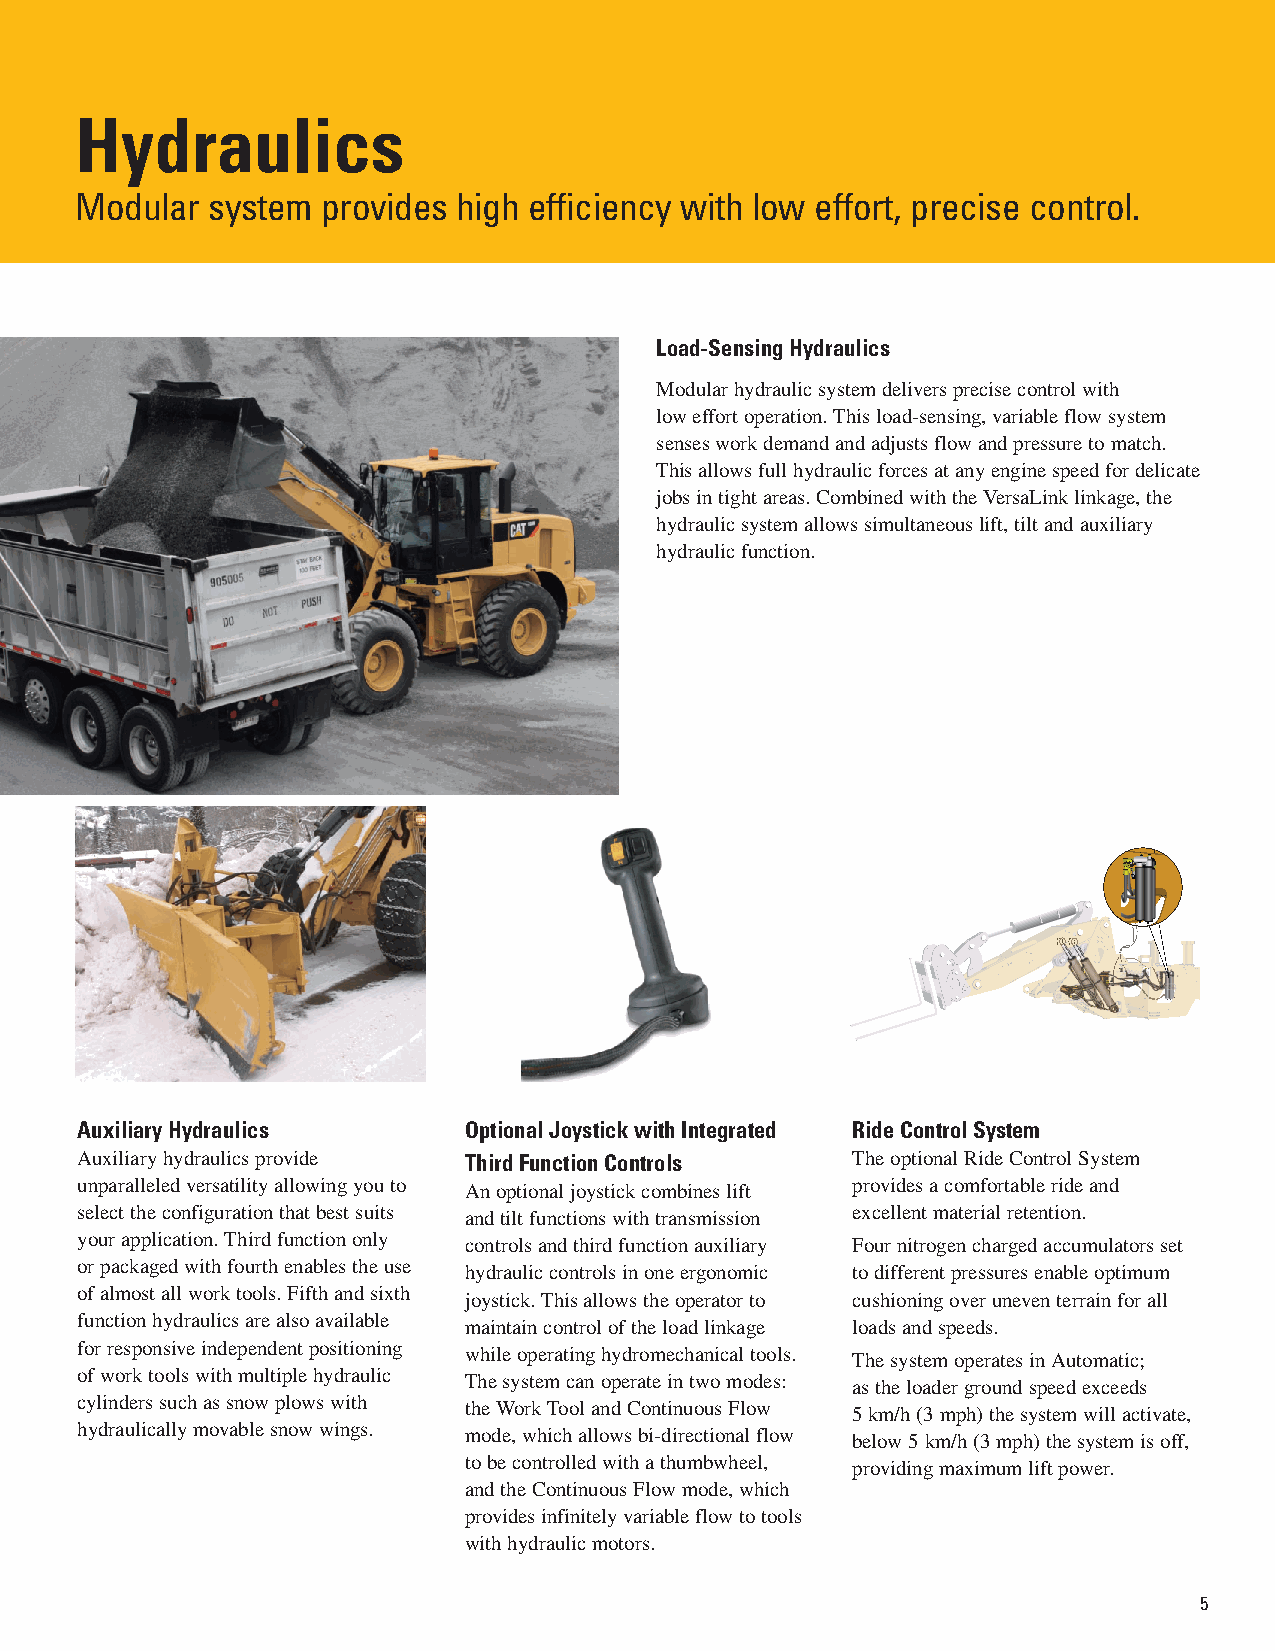
Hydraulics
 Modular  system provides high efficiency with low effort, precise control.
 Load-Sensing Hydraulics
 Modular hydraulic system delivers precise control with
 low effort operation. This load-sensing, variable flow system
 senses work demand and adjusts flow and pressure to match.
 This allows full hydraulic forces at any engine speed for delicate
 jobs in tight areas. Combined with the VersaLink linkage, the
 hydraulic system allows simultaneous lift, tilt and auxiliary
 hydraulic function.
 Auxiliary Hydraulics      Optional Joystick with Integrated Ride Control System
 Auxiliary hydraulics provide Third Function Controls The optional Ride Control System
 unparalleled versatility allowing you to An optional joystick combines lift provides a comfortable ride and
 select the configuration that best suits and tilt functions with transmission excellent material retention.
 your application. Third function only controls and third function auxiliary Four nitrogen charged accumulators set
 or packaged with fourth enables the use hydraulic controls in one ergonomic to different pressures enable optimum
 of almost all work tools. Fifth and sixth joystick. This allows the operator to cushioning over uneven terrain for all
 function hydraulics are also available maintain control of the load linkage loads and speeds.
 for responsive independent positioning while operating hydromechanical tools. The system operates in Automatic;
 of work tools with multiple hydraulic The system can operate in two modes: as the loader ground speed exceeds
 cylinders such as snow plows with the Work Tool and Continuous Flow 5 km/h (3 mph) the system will activate,
 hydraulically movable snow wings. mode, which allows bi-directional flow below 5 km/h (3 mph) the system is off,
 to be controlled with a thumbwheel, providing maximum lift power.
 and the Continuous Flow mode, which
 provides infinitely variable flow to tools
 with hydraulic motors.
 5